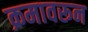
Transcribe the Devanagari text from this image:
क्रमावरून